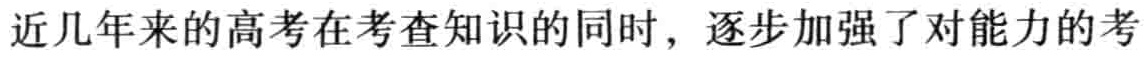
近几年来的高考在考查知识的同时，逐步加强了对能力的考